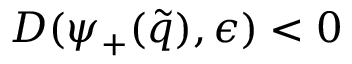
D ( \psi _ { + } ( \tilde { q } ) , \epsilon ) < 0